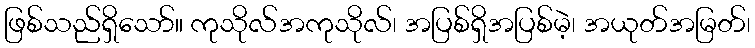
ဖြစ်သည်ရှိသော်။ ကုသိုလ်အကုသိုလ်၊ အပြစ်ရှိအပြစ်မဲ့၊ အယုတ်အမြတ်၊